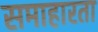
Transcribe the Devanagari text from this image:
समाहारता